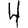
Digit: 4